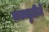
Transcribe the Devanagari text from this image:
ताटातुटीने